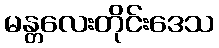
မန္တလေးတိုင်းဒေသ